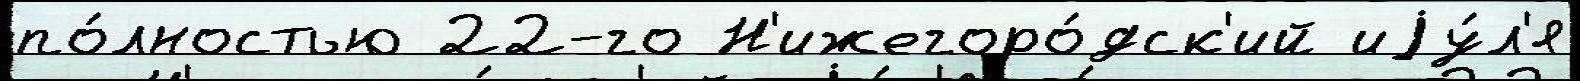
по́лностью 22-го Н'ижегоро́дск'ий иjу́л'я